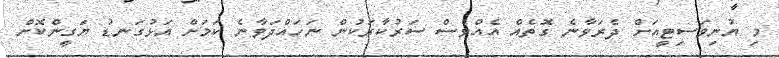
މި ޔުނިވަސިޓީއަށް ދެރަވާނެ ގޮތެއް އެއްވެސް ސަރުކާރަކުން ނަހައްދަވާނެ ކަމަށް އަޅުގަނޑު ޔަގީންކޮށް